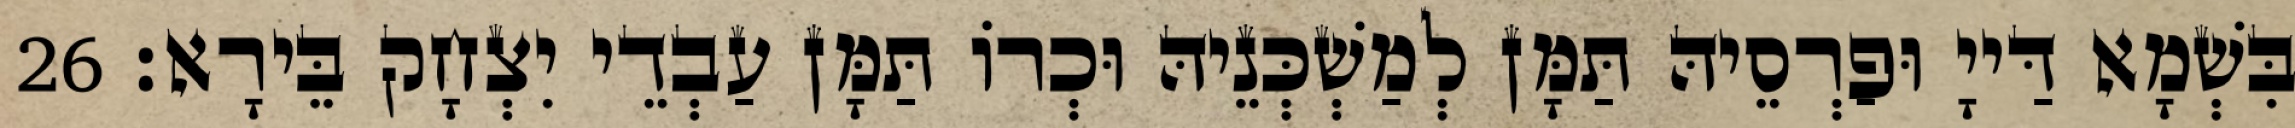
בִּשְׁמָא דַּייָ וּפַרְסֵיהּ תַּמָּן לְמַשְׁכְּנֵיהּ וּכְרוֹ תַּמָּן עַבְדֵי יִצְחָק בֵּירָא׃ 26